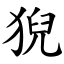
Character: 猊